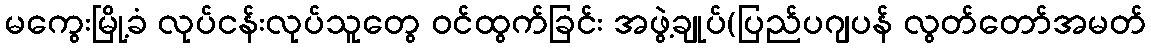
မကွေးမြို့ခံ လုပ်ငန်းလုပ်သူတွေ ဝင်ထွက်ခြင်း အဖွဲ့ချုပ်(ပြည်ပဂျပန် လွတ်တော်အမတ်